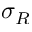
\sigma _ { R }